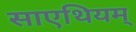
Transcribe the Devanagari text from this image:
साएथियम्‌